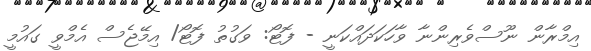
އިމްރާން ނޫސްވެރިންނާ ވާހަކަދައްކަނީ - ފޮޓޯ: ވަގުތު ފޮޓޯ/ އިމޭޖެސް އެމްވީ ގައުމީ